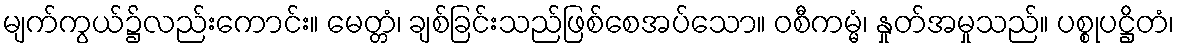
မျက်ကွယ်၌လည်းကောင်း။ မေတ္တံ၊ ချစ်ခြင်းသည်ဖြစ်စေအပ်သော။ ဝစီကမ္မံ၊ နှုတ်အမှုသည်။ ပစ္စုပဋ္ဌိတံ၊